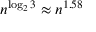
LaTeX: n ^ { \log _ { 2 } 3 } \approx n ^ { 1 . 5 8 }